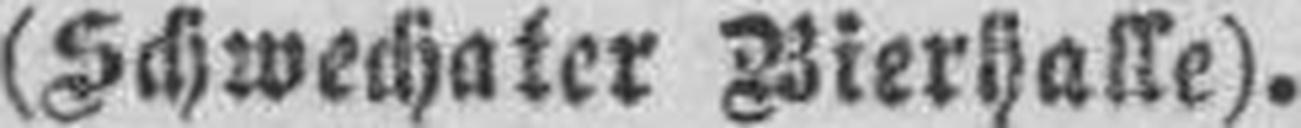
(Schwechater Bierhasse).